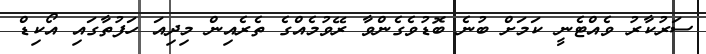
ސަރުކާރު ވެއްޓެނީ ކަމަށް ބުނެ ބޮޑުވެގެންވާ ރޭވުމެއްގެ ތެރެއިން މިދިއަ ހަފުތާގައި އޯކިޑް